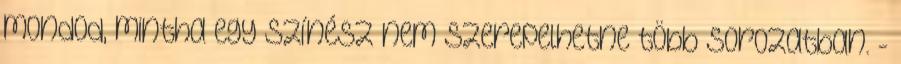
mondod, mintha egy színész nem szerepelhetne több sorozatban. -